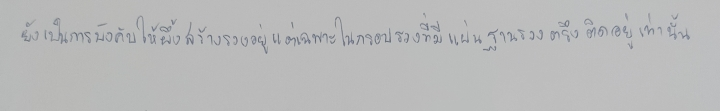
ยังเป็นการบังคับให้ผึ้งสร้างรวงอยู่แต่เฉพาะในกรอบรวงที่มีแผ่นฐานรวงตรึงติดอยู่เท่านั้น